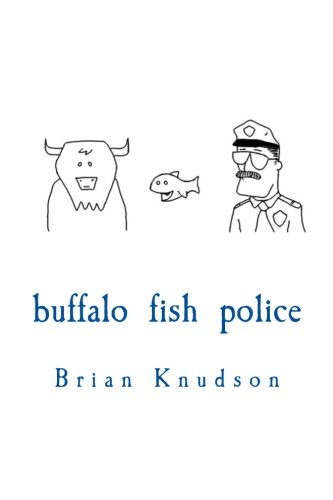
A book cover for Buffalo Fish Police; Brian Knudson; Humor & Entertainment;